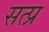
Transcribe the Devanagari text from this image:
सत्प्र